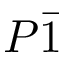
P \bar { 1 }